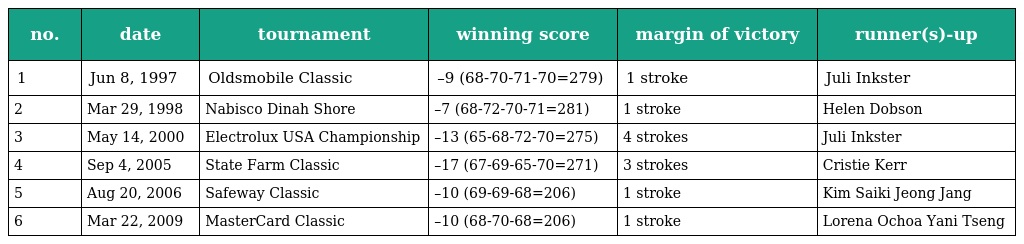
| no. | date | tournament | winning score | margin of victory | runner(s)-up |
 | --- | --- | --- | --- | --- | --- |
 | 1 | Jun 8, 1997 | Oldsmobile Classic | –9 (68-70-71-70=279) | 1 stroke | Juli Inkster |
 | 2 | Mar 29, 1998 | Nabisco Dinah Shore | –7 (68-72-70-71=281) | 1 stroke | Helen Dobson |
 | 3 | May 14, 2000 | Electrolux USA Championship | –13 (65-68-72-70=275) | 4 strokes | Juli Inkster |
 | 4 | Sep 4, 2005 | State Farm Classic | –17 (67-69-65-70=271) | 3 strokes | Cristie Kerr |
 | 5 | Aug 20, 2006 | Safeway Classic | –10 (69-69-68=206) | 1 stroke | Kim Saiki Jeong Jang |
 | 6 | Mar 22, 2009 | MasterCard Classic | –10 (68-70-68=206) | 1 stroke | Lorena Ochoa Yani Tseng |